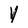
Character: Y